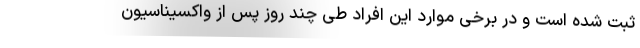
ثبت شده است و در برخی موارد این افراد طی چند روز پس از واکسیناسیون